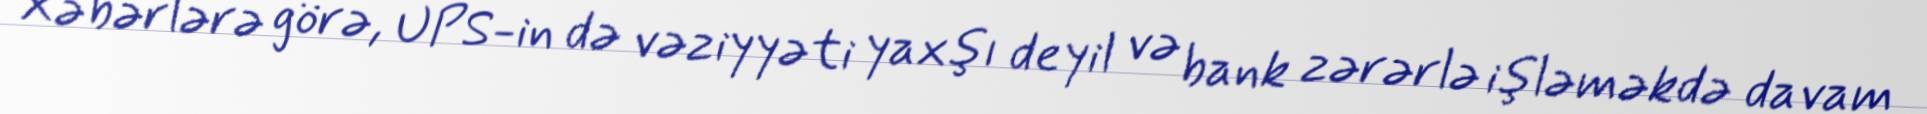
Xəbərlərə görə, UPS-in də vəziyyəti yaxşı deyil və bank zərərlə işləməkdə davam